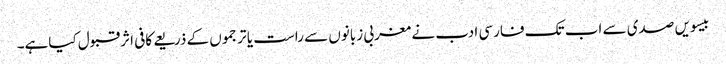
بیسویں صدی سے اب تک فارسی ادب نے مغربی زبانوں سے راست یا ترجموں کے ذریعے کافی اثرقبول کیاہے۔